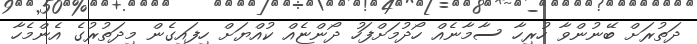
ދަތުރަށް ބޭނުންވާ ހުރިހާ ސާމާނެއް ހޯދުމަށްފަހު ދޯންޏެއް ކުއްޔަށް ހިފައިގެން މިދަތުރުގެ އެންމެހާ